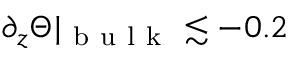
\partial _ { z } \Theta \vert _ { \mathrm { ~ b ~ u ~ l ~ k ~ } } \lesssim - 0 . 2